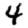
Digit: 4